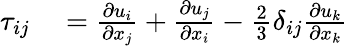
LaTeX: \begin{array}{rl}{\tau_{ij}}&{{}=\frac{\partial u_{i}}{\partial x_{j}}+\frac{\partial u_{j}}{\partial x_{i}}-\frac{2}{3}\delta_{ij}\frac{\partial u_{k}}{\partial x_{k}}}\end{array}